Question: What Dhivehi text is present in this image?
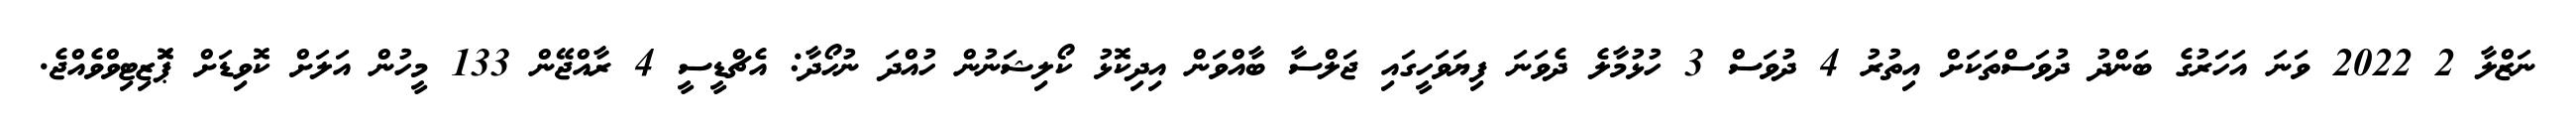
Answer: ނަޒްލާ 2 2022 ވަނަ އަހަރުގެ ބަންދު ދުވަސްތަކަށް އިތުރު 4 ދުވަސް 3 ހުޅުމާލެ ދެވަނަ ފިޔަވަހީގައި ޖަލްސާ ބާއްވަން އިދިކޮޅު ކޯލިޝަނުން ހުއްދަ ނުހޯދާ: އެޗްޑީސީ 4 ރާއްޖޭން 133 މީހުން އަލަށް ކޮވިޑަށް ޕަޮޒިޓިވްވެއްޖެ.